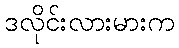
ဒလိုင်းလားမားက